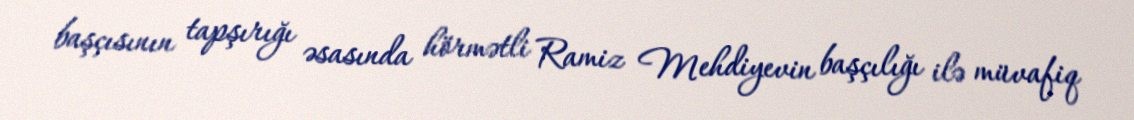
başçısının tapşırığı əsasında hörmətli Ramiz Mehdiyevin başçılığı ilə müvafiq